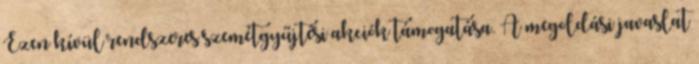
Ezen kívül rendszeres szemétgyűjtési akciók támogatása. A megoldási javaslat